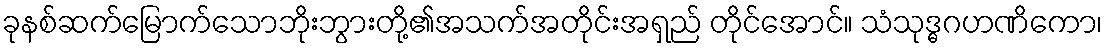
ခုနစ်ဆက်မြောက်သောဘိုးဘွားတို့၏အသက်အတိုင်းအရှည် တိုင်အောင်။ သံသုဒ္ဓဂဟဏိကော၊